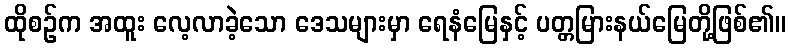
ထိုစဉ်က အထူး လေ့လာခဲ့သော ဒေသများမှာ ရေနံမြေနှင့် ပတ္တမြားနယ်မြေတို့ဖြစ်၏။